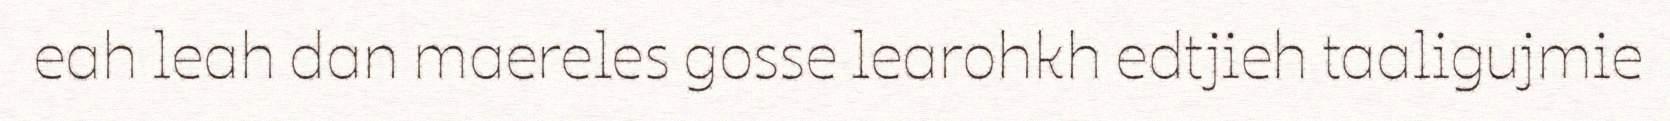
eah leah dan maereles gosse learohkh edtjieh taaligujmie